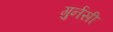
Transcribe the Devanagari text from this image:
गुर्नसी